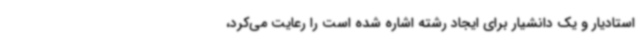
استادیار و یک دانشیار برای ایجاد رشته اشاره شده است را رعایت می‌کرد،